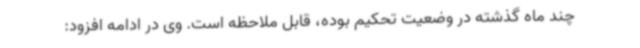
چند ماه گذشته در وضعیت تحکیم بوده، قابل ملاحظه است. وی در ادامه افزود: